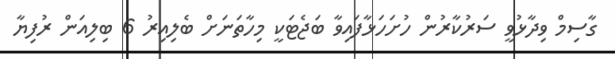
ގާސިމް ވިދާޅުވީ ސަރުކާރުން ހުށަހަޅާފައިވާ ބަޖެޓަކީ މިހާތަނަށް ބެލިއިރު 6 ބިލިއަން ރުފިޔާ